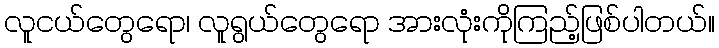
လူငယ်တွေရော၊ လူရွယ်တွေရော အားလုံးကိုကြည့်ဖြစ်ပါတယ်။